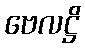
ဗေလဋ္ဌိ